Civil Veterinary Department Bihar & Orissa reports 1929-36 - 1929-1936
Year: 1929
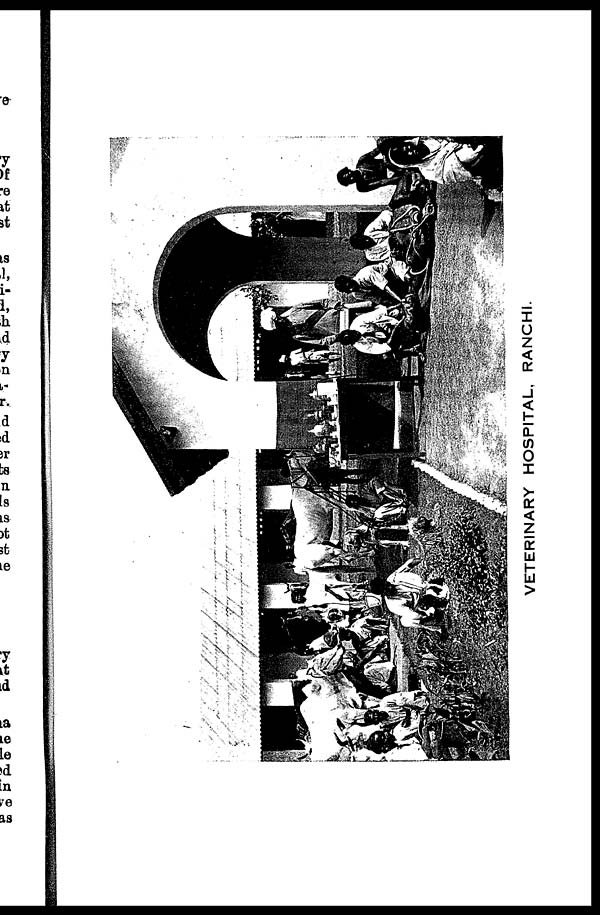
VETERINARY HOSPITAL, RANCHI.